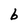
Character: b